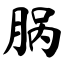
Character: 脶